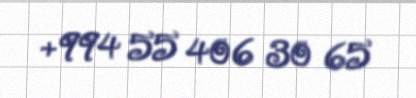
+994 55 406 30 65